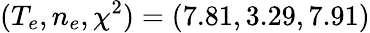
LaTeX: (T_{e},n_{e},\chi^{2})=(7.81,3.29,7.91)